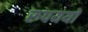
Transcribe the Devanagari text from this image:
रुपययों